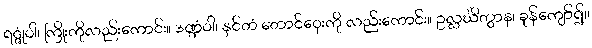
ရဇ္ဇုံဝါ၊ ကြိုးကိုလည်းကောင်း။ ဒဏ္ဍံဝါ၊ နှင်တံ တောင်ဝှေးကို လည်းကောင်း။ ဥလ္လင်္ဃိတွာန၊ ခုန်ကျော်၍။